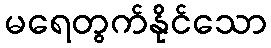
မရေတွက်နိုင်သော